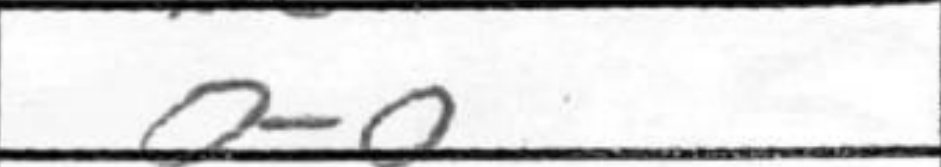
Transcription: O-O